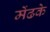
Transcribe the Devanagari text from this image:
मेंढके